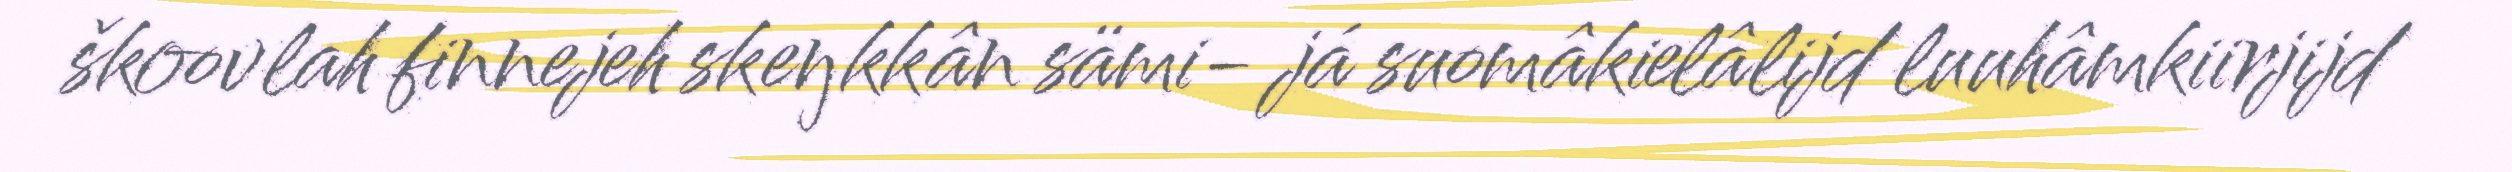
škoovlah finnejeh skeŋkkân sämi- já suomâkielâlijd luuhâmkiirjijd